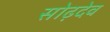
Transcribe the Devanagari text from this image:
सोढ़देव